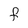
Character: F